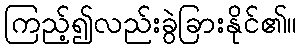
ကြည့်၍လည်းခွဲခြားနိုင်၏။